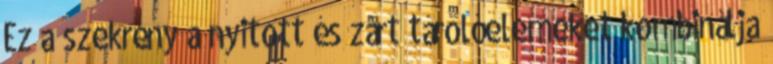
Ez a szekrény a nyitott és zárt tárolóelemeket kombinálja